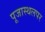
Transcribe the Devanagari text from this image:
पूजास्थलपर